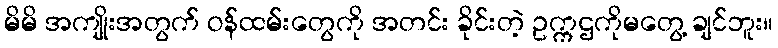
မိမိ အကျိုးအတွက် ဝန်ထမ်းတွေကို အတင်း ခိုင်းတဲ့ ဥက္ကဌကိုမတွေ့ ချင်ဘူး။